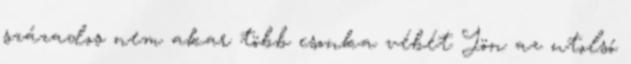
százados nem akar több csonka vébét Jön az utolsó